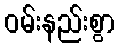
ဝမ်းနည်းစွာ